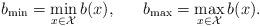
LaTeX: \begin{align*}b_{\min} = \min_{x \in \mathcal{X}} b(x), \ \ \ \ \ b_{\max} = \max_{x \in \mathcal{X}} b(x).\end{align*}